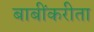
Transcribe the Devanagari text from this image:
बाबींकरीता